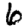
Digit: 6